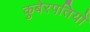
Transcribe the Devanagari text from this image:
कुबेरपतियों